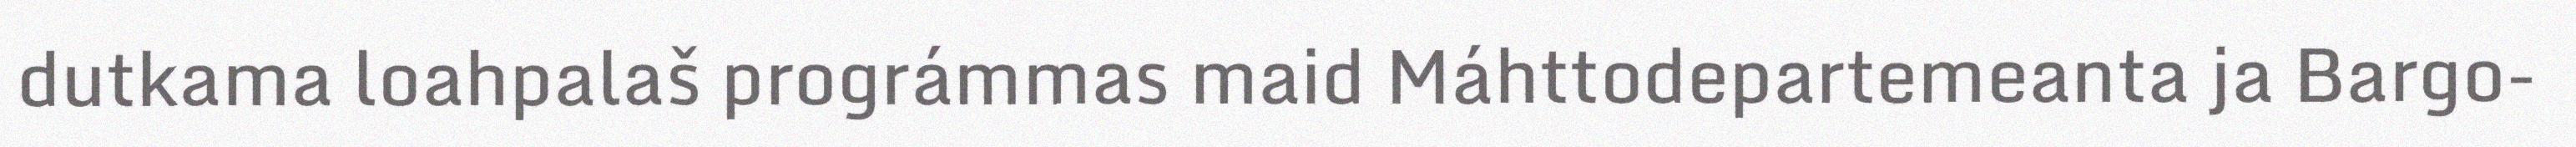
dutkama loahpalaš prográmmas maid Máhttodepartemeanta ja Bargo-